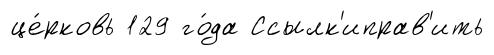
це́рковь 129 го́да Ссылк'иправ'ить